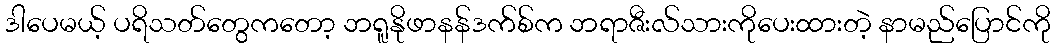
ဒါပေမယ့် ပရိသတ်တွေကတော့ ဘရူနိုဖာနန်ဒက်စ်က ဘရာဇီးလ်သားကိုပေးထားတဲ့ နာမည်ပြောင်ကို